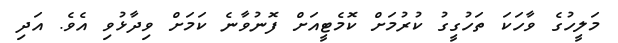
މަލީހުގެ ވާހަކަ ތަހުގީގު ކުރުމަށް ކޮމެޓީއަށް ފޮނުވާނެ ކަމަށް ވިދާޅުވި އެވެ. އަދި